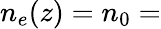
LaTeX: n_{e}(z)=n_{0}=